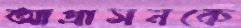
আগ্রাসনকে